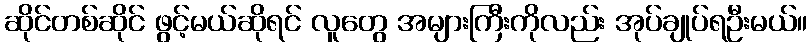
ဆိုင်တစ်ဆိုင် ဖွင့်မယ်ဆိုရင် လူတွေ အများကြီးကိုလည်း အုပ်ချုပ်ရဦးမယ်။